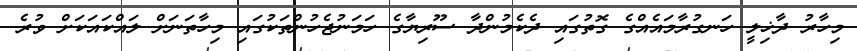
މިހާރު ދާޚިލީ ހަނގުރާމައެއްގެ ގޮތުގައި ދެކެމުންދާ ސޫރިޔާގެ ހަމަނުޖެހުންތަކުގައި މިހާތަނަށް ލައްކައަކަށް ވުރެ